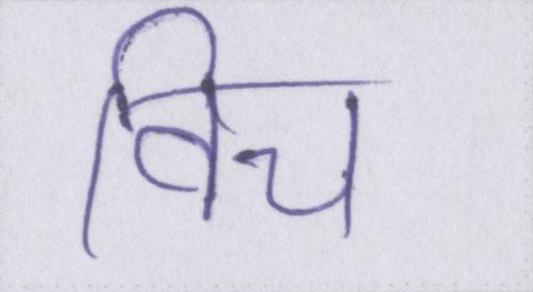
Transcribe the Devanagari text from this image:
विच